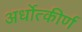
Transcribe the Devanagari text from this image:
अर्धोत्कीर्ण